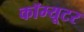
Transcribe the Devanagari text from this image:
कॉम्यूटर